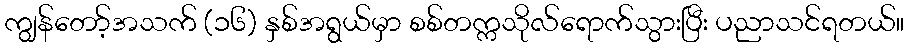
ကျွန်တော့်အသက် (၁၆) နှစ်အရွယ်မှာ စစ်တက္ကသိုလ်ရောက်သွားပြီး ပညာသင်ရတယ်။